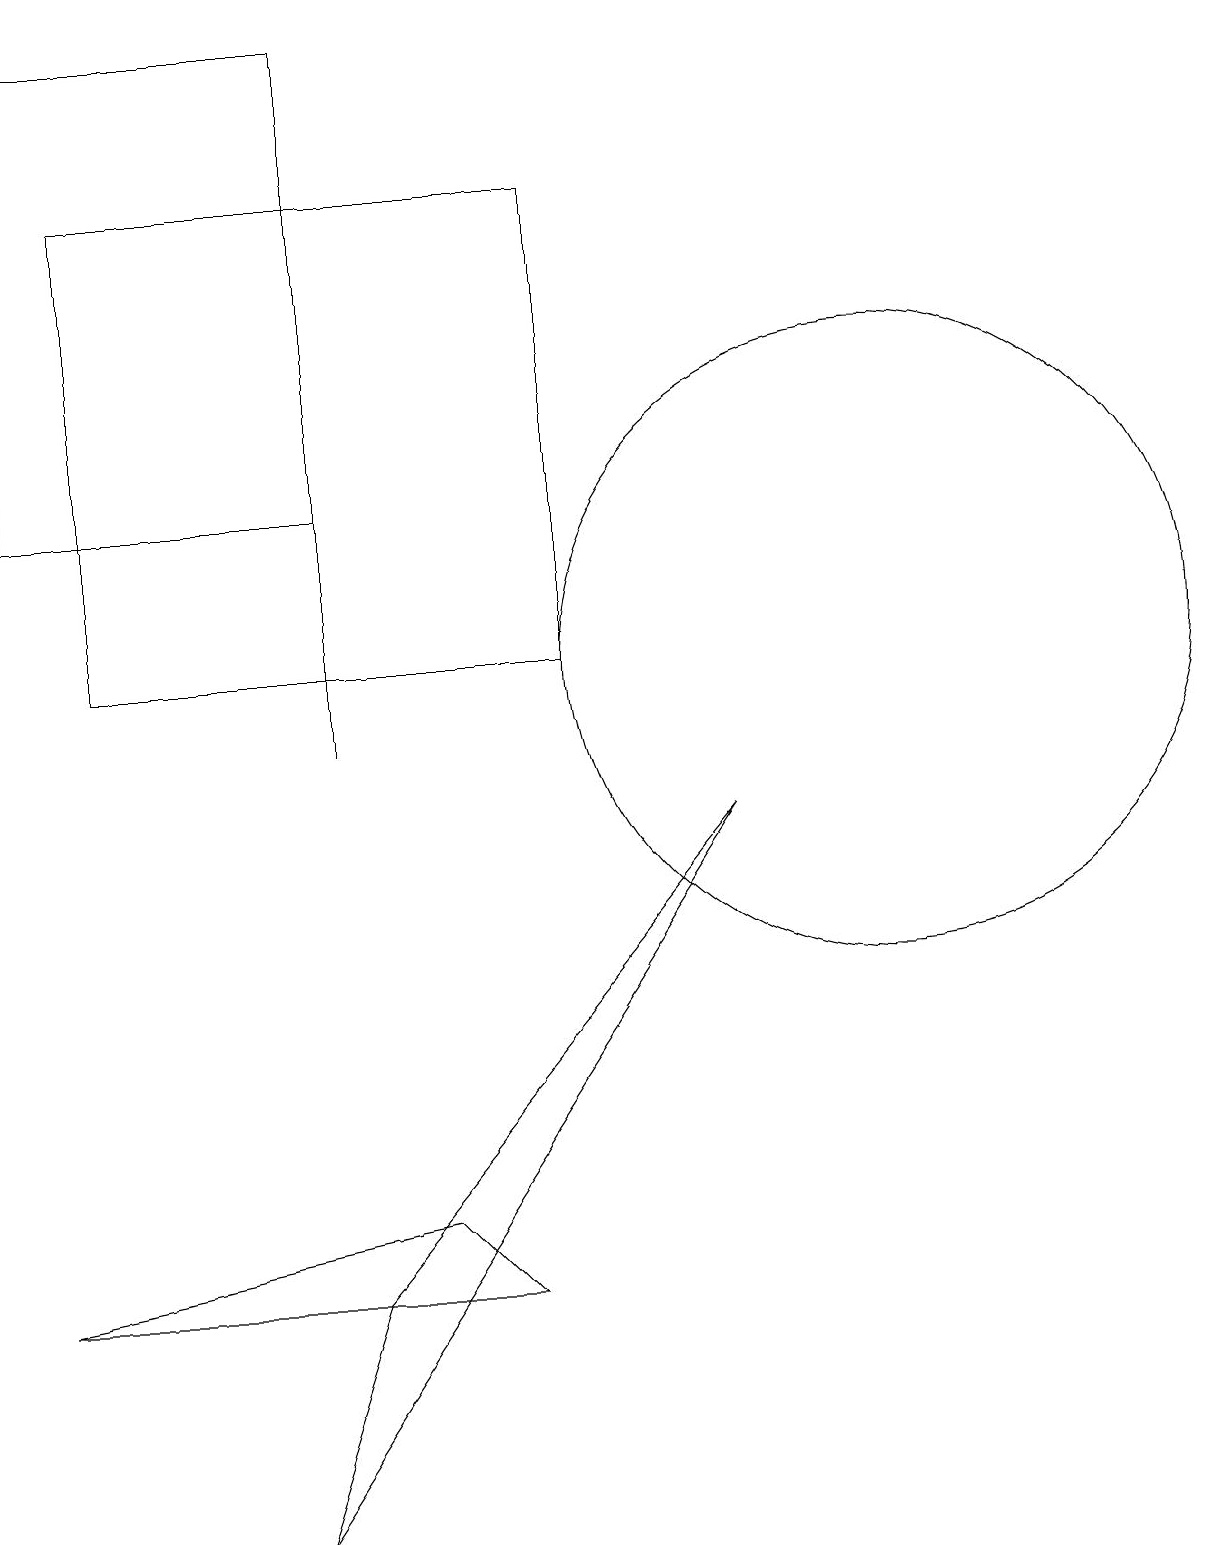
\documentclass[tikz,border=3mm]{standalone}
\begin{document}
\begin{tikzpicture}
\draw (0,13) rectangle (4,19);
\draw (0,3) -- (6,3) -- (5,4) -- cycle;
\draw (1,11) rectangle (7,17);
\draw (3,0) -- (4,3) -- (9,9) -- cycle;
\draw (4,10) rectangle (4,19);
\draw (11,11) circle (4);
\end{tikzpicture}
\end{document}